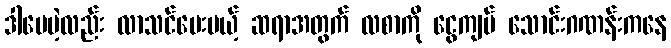
ဒါပေမဲ့လည်း လာသင်ပေးမယ့် ဆရာအတွက် လစာကို ငွေကျပ် သောင်းဂဏန်းကနေ